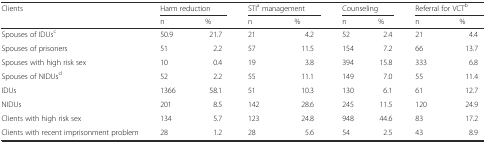
| <ROWSPAN=2> Clients | <COLSPAN=2> Harm reduction | <COLSPAN=2> STIa management | <COLSPAN=2> Counseling | <COLSPAN=2> Referral for VCTb |
 | n | % | n | % | n | % | n | % |
 | --- | --- | --- | --- | --- | --- | --- | --- | --- |
 | Spouses of IDUsc | 50.9 | 21.7 | 21 | 4.2 | 52 | 2.4 | 21 | 4.4 |
 | Spouses of prisoners | 51 | 2.2 | 57 | 11.5 | 154 | 7.2 | 66 | 13.7 |
 | Spouses with high risk sex | 10 | 0.4 | 19 | 3.8 | 394 | 15.8 | 333 | 6.8 |
 | Spouses of NIDUsd | 52 | 2.2 | 55 | 11.1 | 149 | 7.0 | 55 | 11.4 |
 | IDUs | 1366 | 58.1 | 51 | 10.3 | 130 | 6.1 | 61 | 12.7 |
 | NIDUs | 201 | 8.5 | 142 | 28.6 | 245 | 11.5 | 120 | 24.9 |
 | Clients with high risk sex | 134 | 5.7 | 123 | 24.8 | 948 | 44.6 | 83 | 17.2 |
 | Clients with recent imprisonment problem | 28 | 1.2 | 28 | 5.6 | 54 | 2.5 | 43 | 8.9 |